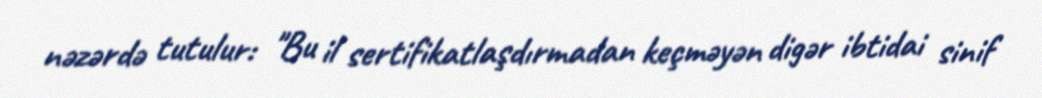
nəzərdə tutulur: "Bu il sertifikatlaşdırmadan keçməyən digər ibtidai sinif